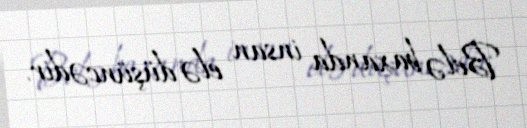
Belə baxanda insan elə düşüncədir.